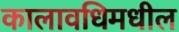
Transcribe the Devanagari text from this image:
कालावधिमधील